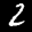
Label: 2